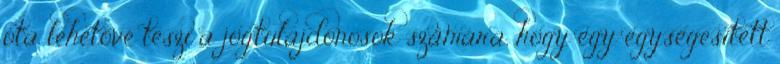
óta lehetővé teszi a jogtulajdonosok számára, hogy egy egységesített